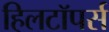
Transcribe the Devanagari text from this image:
हिलटॉपर्स